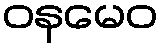
ဝနမေဝ